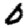
Digit: 0